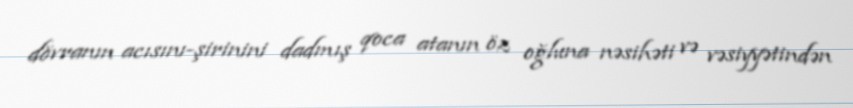
dövranın acısını-şirinini dadmış qoca atanın öz oğluna nəsihəti və vəsiyyətindən